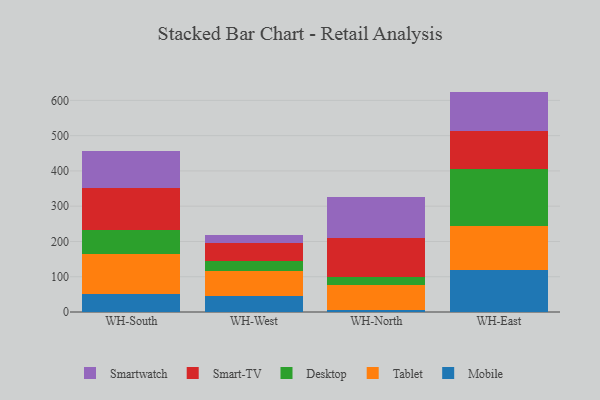
{"axis": {"x": "Warehouse", "y": "Waste Production (Tons)"}, "legend": ["Desktop", "Mobile", "Smart-TV", "Smartwatch", "Tablet"], "data": [{"x": "WH-South", "y": 50.9, "type": "Mobile"}, {"x": "WH-South", "y": 112.2, "type": "Tablet"}, {"x": "WH-South", "y": 70.3, "type": "Desktop"}, {"x": "WH-South", "y": 117.5, "type": "Smart-TV"}, {"x": "WH-South", "y": 104.8, "type": "Smartwatch"}, {"x": "WH-West", "y": 46.7, "type": "Mobile"}, {"x": "WH-West", "y": 69.2, "type": "Tablet"}, {"x": "WH-West", "y": 29.7, "type": "Desktop"}, {"x": "WH-West", "y": 49.7, "type": "Smart-TV"}, {"x": "WH-West", "y": 24.0, "type": "Smartwatch"}, {"x": "WH-North", "y": 6.8, "type": "Mobile"}, {"x": "WH-North", "y": 70.1, "type": "Tablet"}, {"x": "WH-North", "y": 22.4, "type": "Desktop"}, {"x": "WH-North", "y": 111.4, "type": "Smart-TV"}, {"x": "WH-North", "y": 114.6, "type": "Smartwatch"}, {"x": "WH-East", "y": 117.8, "type": "Mobile"}, {"x": "WH-East", "y": 125.7, "type": "Tablet"}, {"x": "WH-East", "y": 162.9, "type": "Desktop"}, {"x": "WH-East", "y": 105.9, "type": "Smart-TV"}, {"x": "WH-East", "y": 112.6, "type": "Smartwatch"}]}